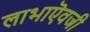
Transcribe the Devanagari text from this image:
लाभाऎवजी